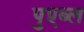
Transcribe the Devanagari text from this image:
पुएब्ल